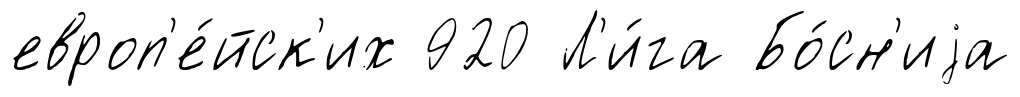
европ'е́йск'их 920 Л'и́га Бо́сн'иjа